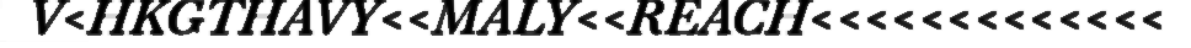
V<HKGTHAVY<<MALY<<REACH<<<<<<<<<<<<<